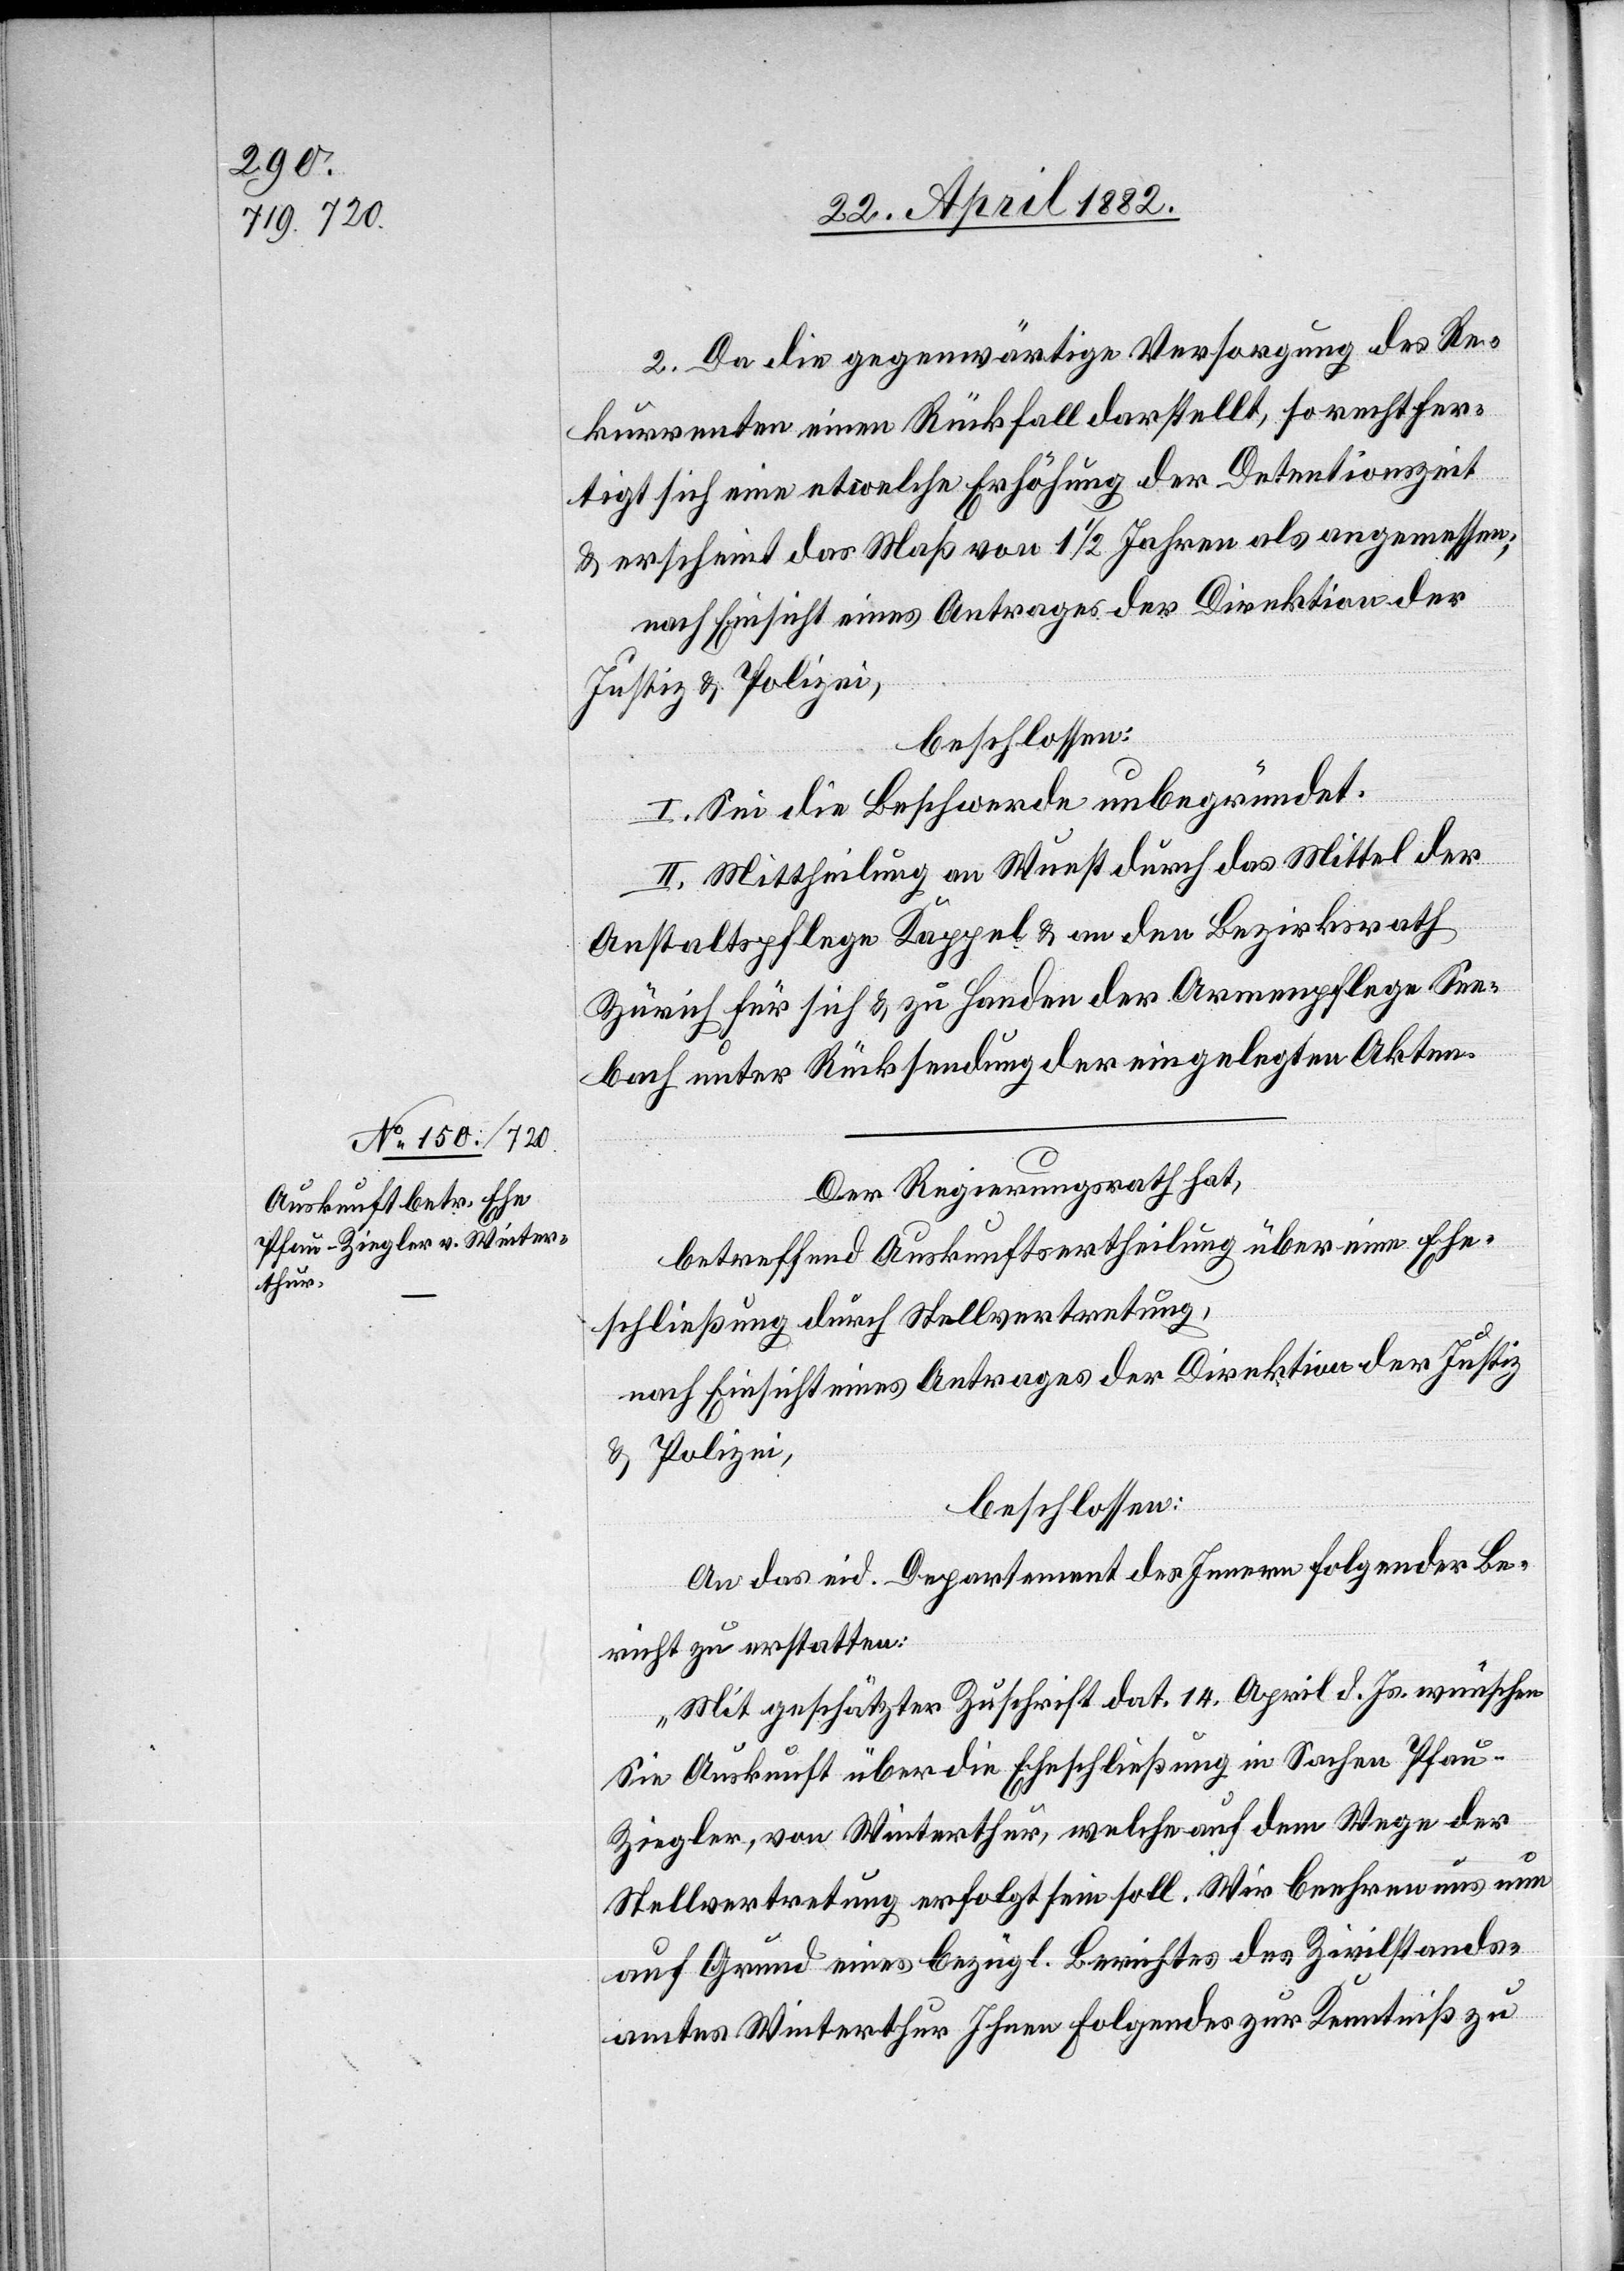
2. Da die gegenwärtige Versorgung des Re¬
kurrenten einen Rückfall darstellt, so rechtfer¬
tigt sich eine etwelche Erhöhung der Detentionszeit
& erscheint das Maß von 1 1/2 Jahren als angemessen;
Nach Einsicht eines Antrages der Direktion der
Justiz & Polizei,
beschlossen:
I. Sei die Beschwerde unbegründet.
II. Mittheilung an Wuest durch das Mittel der
Anstaltspflege Kappel & an den Bezirksrath
Zürich für sich & zu Handen der Armenpflege See¬
bach unter Rücksendung der eingelegten Akten.
Der Regierungsrath hat,
betreffend Auskunftsertheilung über eine Ehe¬
schließung durch Stellvertretung,
nach Einsicht eines Antrages der Direktion der Justiz
& Polizei,
beschlossen:
An das eid. Departement des Innern folgender
Bericht zu erstatten:
„Mit geschätzter Zuschrift dat. 14. April d. Js. wünschen
Sie Auskunft über die Eheschließung in Sachen Pfau-Z¬
iegler, von Winterthur, welche auf dem Wege der
Stellvertretung erfolgt sein soll. Wir beehren uns nun
auf Grund eines bezügl. Berichtes des Zivilstands¬
amtes Winterthur Ihnen Folgendes zur Kenntniß zu